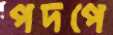
পদপে